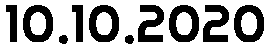
10.10.2020